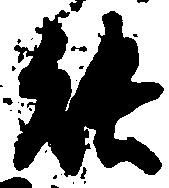
能